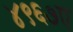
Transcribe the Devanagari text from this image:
४९६७ए